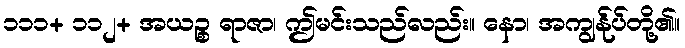
၁၁၁+ ၁၁၂+ အယဉ္စ ရာဇာ၊ ဤမင်းသည်လည်း။ နော၊ အကျွန်ုပ်တို့၏။